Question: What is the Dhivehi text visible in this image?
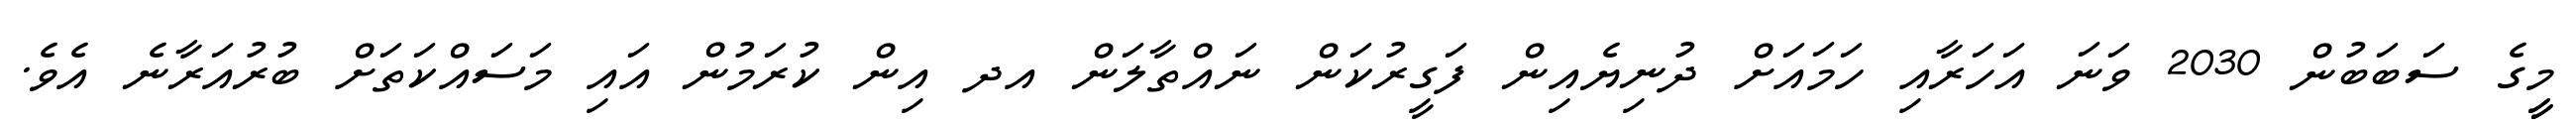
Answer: މީީގެ ސަބަބުން 2030 ވަނަ އަހަރާއި ހަމައަށް ދުނިޔެއިން ފަގީރުކަން ނައްތާލަން އދ އިން ކުރަމުން އައި މަސައްކަތަށް ބުރުއަރާނެ އެވެ.